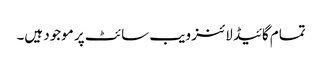
تمام گائیڈ لائنز ویب سائٹ پر موجود ہیں۔